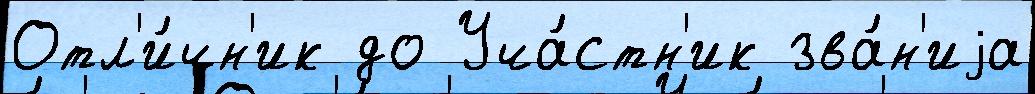
Отл'и́чн'ик до Уча́стн'ик зва́н'иjа